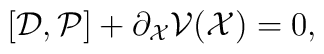
[{\cal D},{\cal P}] + \partial_{\cal X} {\cal V}({\cal X})=0,